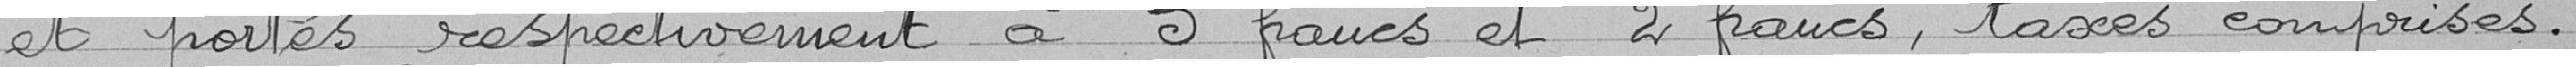
et portés respectivement à 3 francs et 2 francs, taxes comprises.